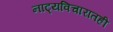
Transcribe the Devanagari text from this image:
नाट्यविचारातही